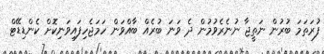
ފުރަތަމަ ބުރުން ނަތީޖާ ނުނެރެވުމުން ދެ ވަނަ ބުރެއް ބާއްވަން ހަމަޖެހިފައިވަނިކޮށް ކެންޑިޑޭޓް